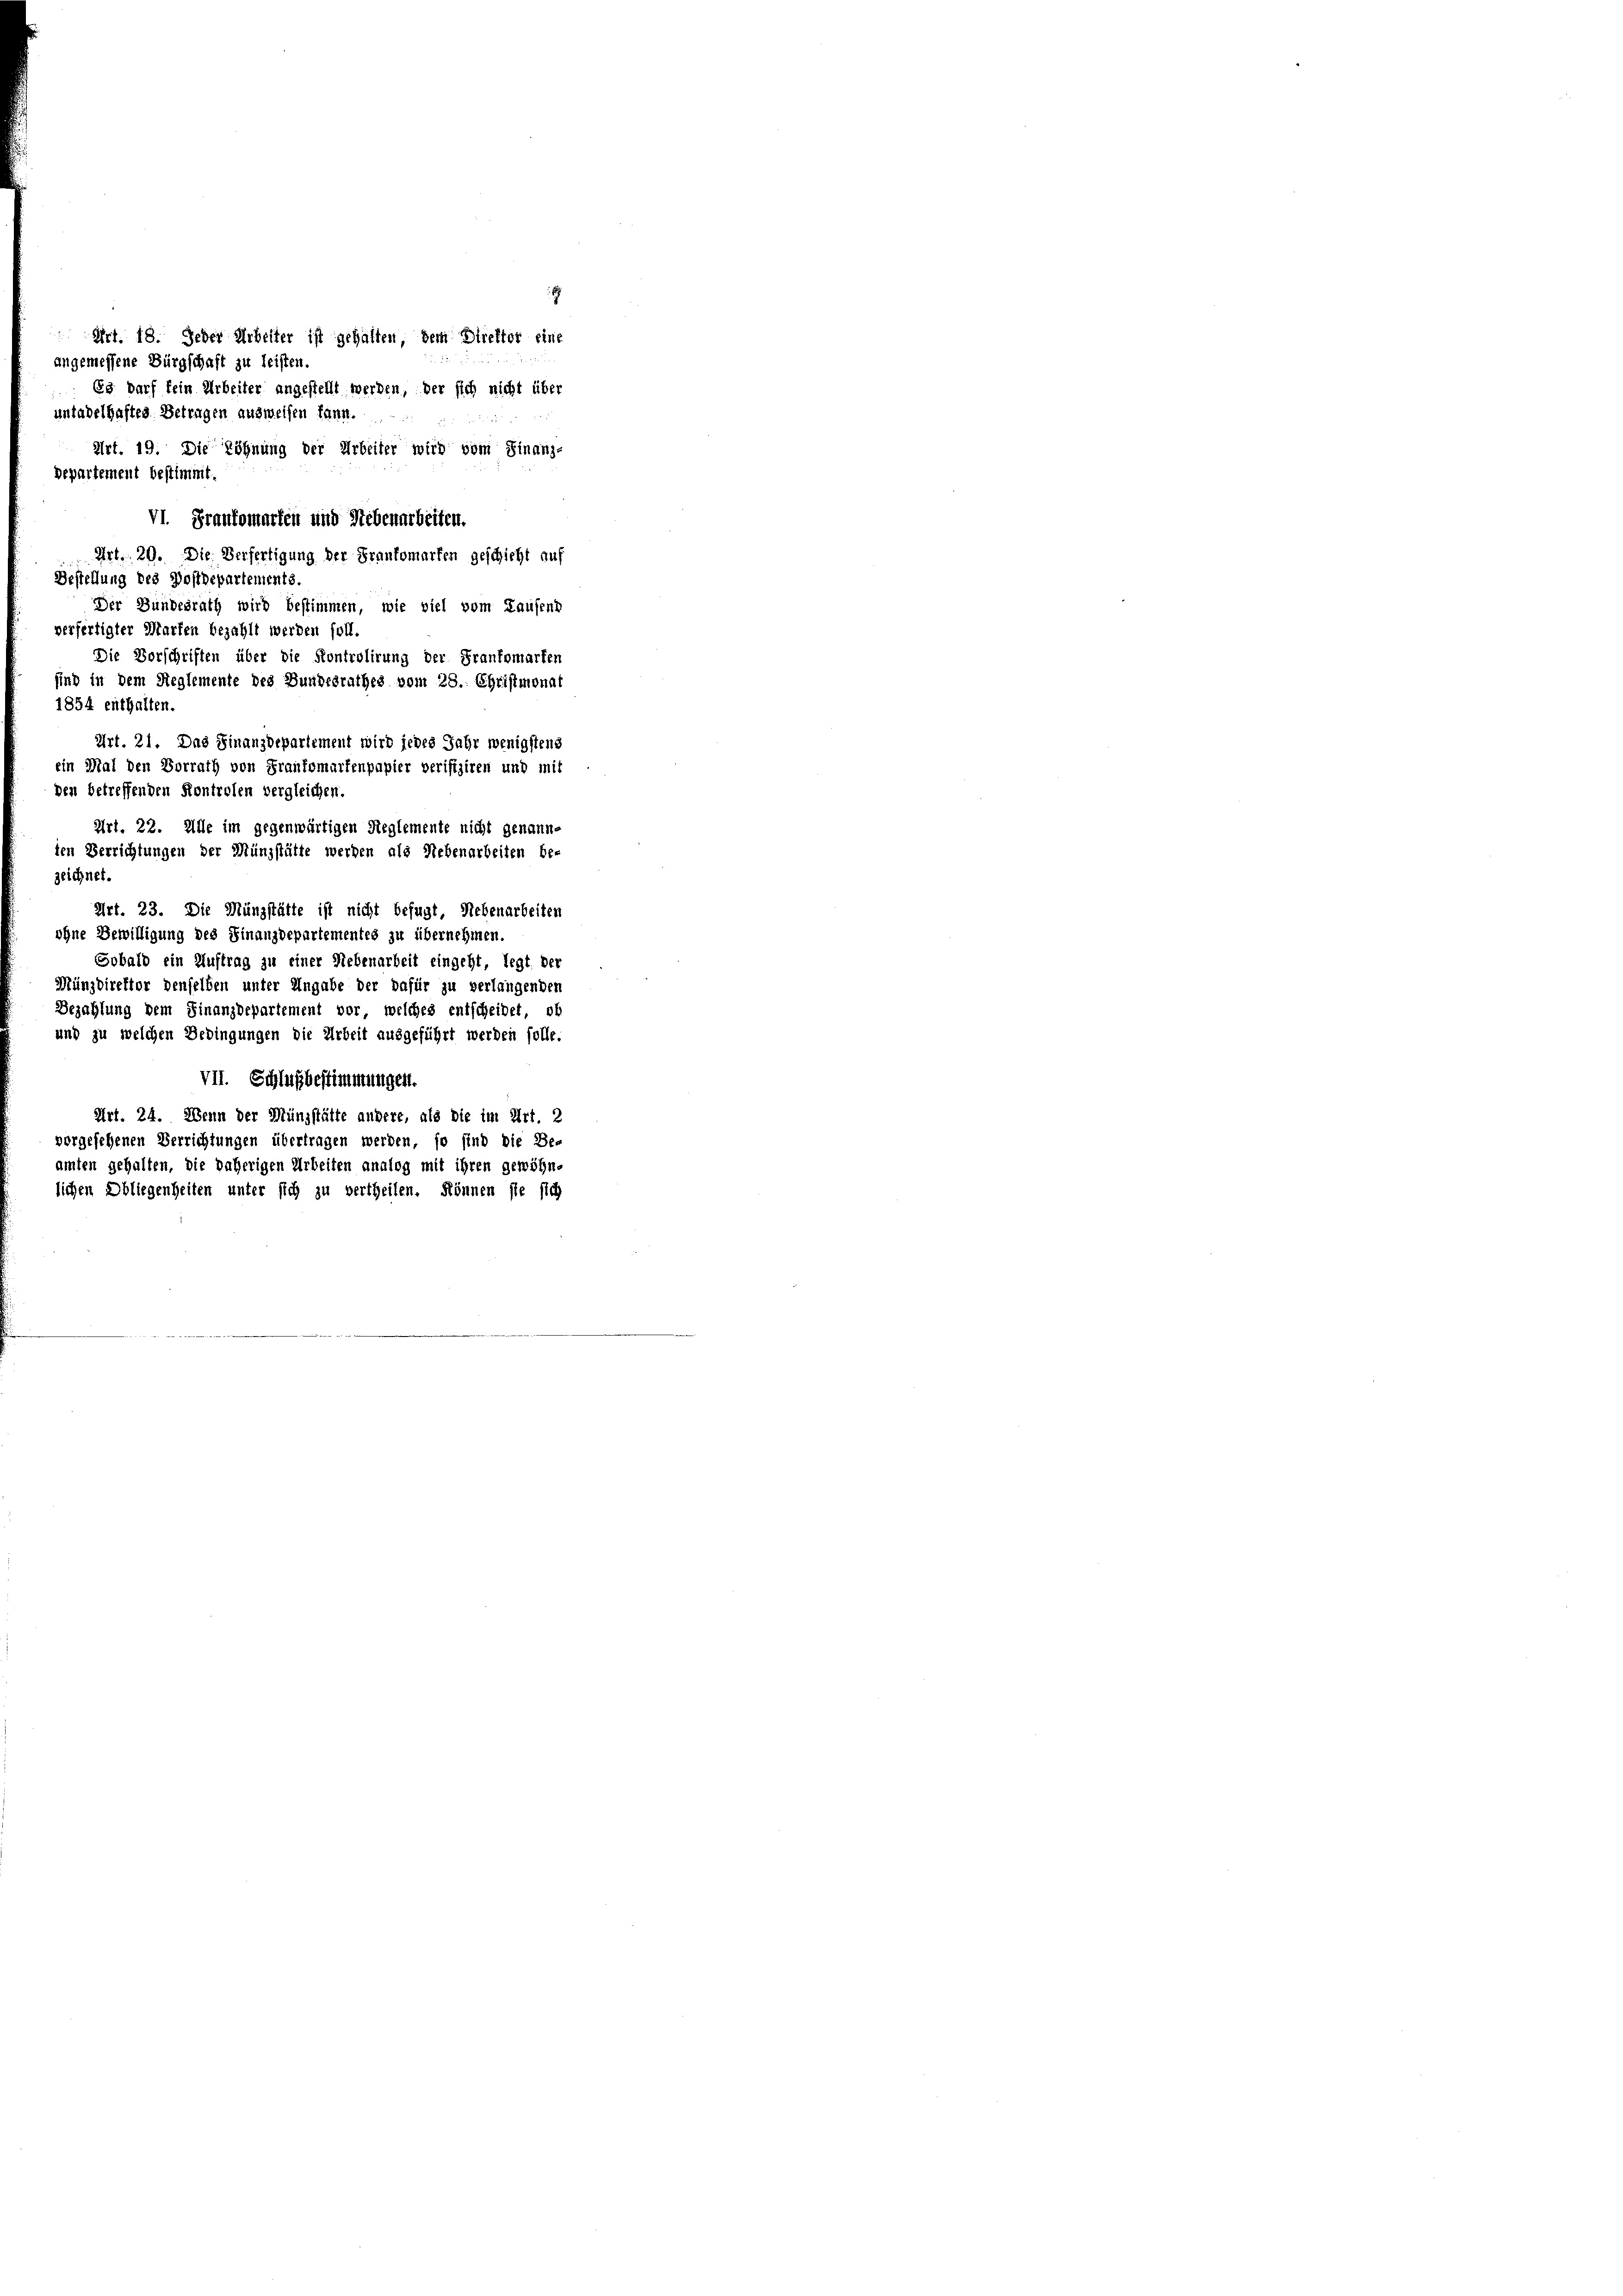
Art. 18. Jeder Arbeiter ist gehalten, dem Direktor eine
angemessene Bürgschaft zu leisten.
Es darf kein Arbeiter angestellt werden, der sich nicht über
untadelhaften Betragen ausweisen kann.
Art. 19. Die Löhnung der Arbeiter wird vom Finanz-
Departement bestimmt.
VI. Frankomarten und Nebenarbeiten.
Art. 29. Die Verfertigung der Frankomarten geschicht auf
Bestellung des Postdepartements.
Der Bundesrath wird bestimmen, wie viel vom Hausens
verfertigter Marten bezahlt werden soll
Die Vorschriften über die Kontrolirung der Frankomarten
sind in dem Regleme
monat
rathes vom 28. Ch
1854 enthalten.
Art. 21. Das Finanzdepartement wird jedes Jahr wenigstens
ein Mal den Vorrath von Frautomartenpapier verifiziren und mit
den betreffenden Kontrolen vergleichen
Art. 22. Alle im gegenwärtigen Reglemente nicht genannien Verrichtungen der Münzstätte werden als Nebenarbeiten be-
zeichnet.
Art. 23. Die Münzstätte ist nicht befugt, Nebenarbeiten
ohne Bewilligung des Finanzdepartementes zu übernehmen.
Sobald ein Auftrag zu einer Liebenarbeit eingeht, legt der
Münzdirektor densel
dafür zu verlangenden
ter Eingabe de
Bezahlung dem Finanzdepartement vor, welches entscheidet, ob
und zu welchen Bedingungen die Arbeit ausgeführt werden solle
VII. Schlußbestimmungen
Art. 24. Wenn der Münzstätte andere, als die im Art. 2
nd die Be-
vorgesehenen Verrichtungen übertragen werden, so
amten gehalten, die daherigen
nalog mit ihren gewöhn
lichen Obliegenheiten unter sich zu vertheilen. Können sie sich

6